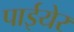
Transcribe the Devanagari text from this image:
पाईयेर